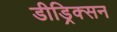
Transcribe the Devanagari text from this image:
डीड्रिक्सन